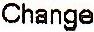
CHANGE